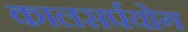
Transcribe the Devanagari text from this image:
कालसर्पयोग